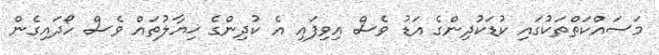
މަސައްކަތްތަކުގައި ކުޑަކުދިންގެ އަޑު ވެސް އިވިފައި އެ ކުދިންގެ ޚިޔާލުތައް ވެސް ހޯދައިގެން